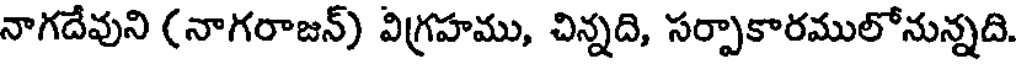
నాగదేవుని (నాగరాజన్) విగ్రహము, చిన్నది, సర్పాకారములోనున్నది.